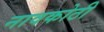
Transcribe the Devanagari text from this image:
नावकोठी